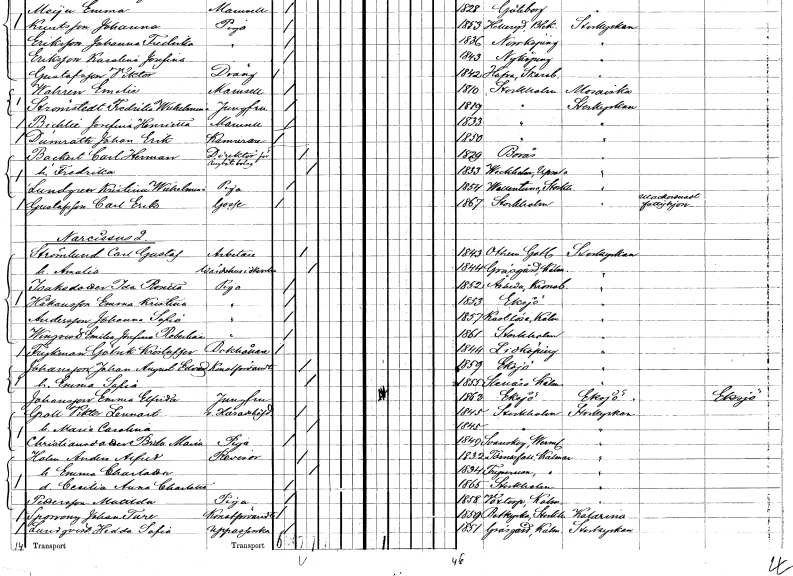
gt_parse: households: individuals: FN: Johan Erik
EN: Dumrath
YRKE: Kamrerare
KON: M
CIV: O
FODAR: 1850
FODFORS: Stockholm
FN: Carl Herman
EN: Backert
YRKE: Direktör för Ångbåtsbolag
KON: M
CIV: G
FODAR: 1829
FODFORS: Borås Älvsborgs län
FN: Fredrika
KON: K
CIV: G
FODAR: 1833
FODFORS: Veckholm Uppsala län
FN: Kristina Wilhelmina
EN: Lundgren
YRKE: Piga
KON: K
CIV: O
FODAR: 1854
FODFORS: Vallentuna Stockholms län
FN: Carl Erik
EN: Gustafsson
YRKE: Utackorderad Fattighjon
KON: M
CIV: O
FODAR: 1867
FODFORS: Stockholm
FN: Carl Gustaf
EN: Strömlund
YRKE: Arbetare
KON: M
CIV: G
FODAR: 1843
FODFORS: Othem Gotlands län
FN: Amalia
YRKE: Värdshusidkerska
KON: K
CIV: G
FODAR: 1844
FODFORS: Gräsgård Kalmar län
FN: Ida Rosetta
EN: Isaksdotter
YRKE: Piga
KON: K
CIV: O
FODAR: 1852
FODFORS: Åseda Kronobergs län
FN: Emma Kristina
EN: Håkansson
YRKE: Piga
KON: K
CIV: O
FODAR: 1853
FODFORS: Eksjö Jönköpings län
FN: Johanna Sofia
EN: Andersson
YRKE: Piga
KON: K
CIV: O
FODAR: 1857
FODFORS: Kastlösa Kalmar län
FN: Emilia Josefina Rebecka
EN: Winqvist
YRKE: Piga
KON: K
CIV: O
FODAR: 1861
FODFORS: Stockholm
FN: Götrik Kristoffer
EN: Frykman
YRKE: Bokhållare
KON: M
CIV: O
FODAR: 1844
FODFORS: Lidköping Skaraborgs län
FN: Johan August Edvard
EN: Johansson
YRKE: Konstförvandt
KON: M
CIV: G
FODAR: 1859
FODFORS: Eksjö Jönköpings län
FN: Emma Sofia
KON: K
CIV: G
FODAR: 1855
FODFORS: Stenåsa Kalmar län
FN: Emma Elfrida
EN: Johansson
YRKE: Jungfru
KON: K
CIV: O
FODAR: 1863
FODFORS: Eksjö Jönköpings län
FN: Viktor Lennart
EN: Groll
YRKE: Häradshövding vice
KON: M
CIV: G
FODAR: 1845
FODFORS: Eksjö Jönköpings län
FN: Maria Carolina
KON: K
CIV: G
FODAR: 1845
FODFORS: Eksjö Jönköpings län
FN: Brita Maria
EN: Christiansdotter
YRKE: Piga
KON: K
CIV: O
FODAR: 1849
FODFORS: Svanskog Värmlands län
FN: Anders Alfred
EN: Holm
YRKE: Revisor
KON: M
CIV: G
FODAR: 1832
FODFORS: Törnesfalla Kalmar län
FN: Emma Charlotta
KON: K
CIV: G
FODAR: 1834
FODFORS: Tryserum Östergötlands län
FN: Cecilia Anna Charlotta
KON: K
CIV: O
FODAR: 1865
FODFORS: Stockholm
FN: Matilda
EN: Pettersson
YRKE: Piga
KON: K
CIV: O
FODAR: 1858
FODFORS: Voxtorp Kalmar län
FN: Johan Ture
EN: Sporrong
YRKE: Konstförvandt
KON: M
CIV: O
FODAR: 1859
FODFORS: Botkyrka Stockholms län
FN: Hedda Sofia
EN: Lundqvist
YRKE: Uppasserska
KON: K
CIV: O
FODAR: 1851
FODFORS: Gräsgård Kalmar län